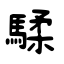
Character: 騥